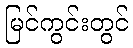
မြင်ကွင်းတွင်